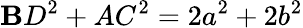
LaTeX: \mathbf{B}D^{2}+AC^{2}=2a^{2}+2b^{2}